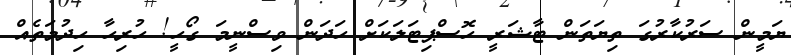
ޔަމީން ސަރުކާރުގަ ތިޔަތަން ޓާޝަރީ ހޮސްޕިޓަލަކަށް ހަދަން ވިސްނީމަ ގޯހީ! ހުރިހާ ހިދުމަތެއް